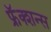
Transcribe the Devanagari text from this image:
फ्रॅक्शन्स